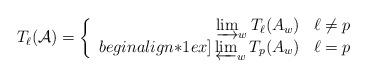
LaTeX: \begin{align*}T_\ell(\mathcal{A}) = \left\{ \begin{array}{rl} \varinjlim_w T_\ell(A_{w}) & \ell \not= p \\begin{align*}1ex]\varprojlim_w T_p(A_w) & \ell = p\end{array}\right.\end{align*}